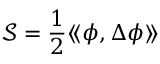
{ \mathcal { S } } = { \frac { 1 } { 2 } } \langle \! \langle \phi , \Delta \phi \rangle \! \rangle